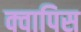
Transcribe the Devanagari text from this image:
क्वापिस